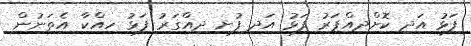
ފަޅު އަދި ކޮށްދިއްޕަރު ފަޅު އަދި ފުށި ދިއްގަރު ފަޅު ހިއްކާ އެތަނުން